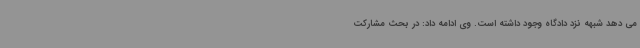
می دهد شبهه نزد دادگاه وجود داشته است. وی ادامه داد: در بحث مشارکت